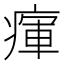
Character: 瘒